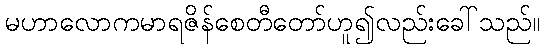
မဟာလောကမာရဇိန်စေတီတော်ဟူ၍လည်းခေါ်သည်။